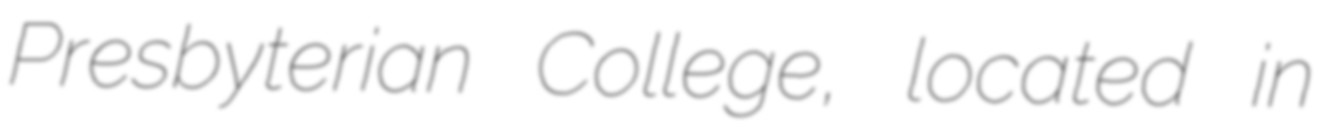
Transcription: Presbyterian College, located in